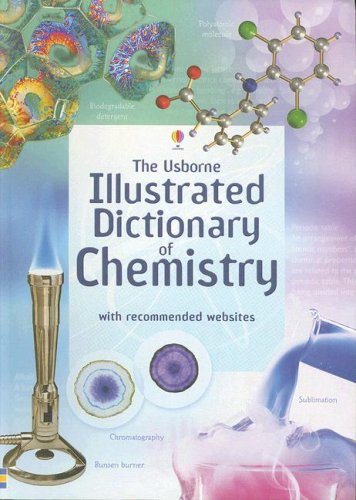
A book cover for Illustrated Dictionary of Chemistry (Illustrated Dictionaries); Jane Wertheim; Teen & Young Adult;